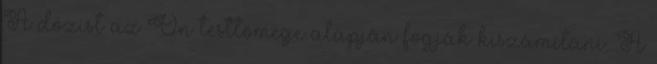
A dózist az Ön testtömege alapján fogják kiszámítani. A